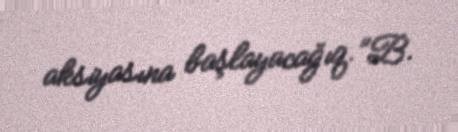
aksiyasına başlayacağıq.”B.